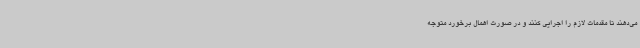
می‌دهند تا مقدمات لازم را اجرایی کنند و در صورت اهمال برخورد متوجه